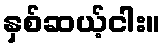
နှစ်ဆယ့်ငါး။